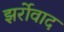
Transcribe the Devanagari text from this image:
झर्रोवाद